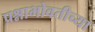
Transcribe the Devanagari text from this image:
प्रश्नाभोवतीच्या